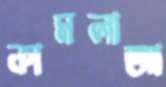
কামলাআ